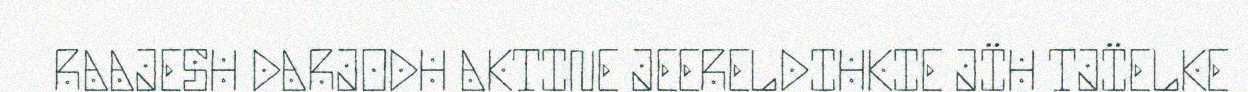
RAAJESH DARJODH AKTINE JEERELDIHKIE JÏH TJÏELKE